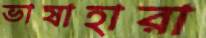
ভাষাহারা